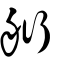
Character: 𦨵